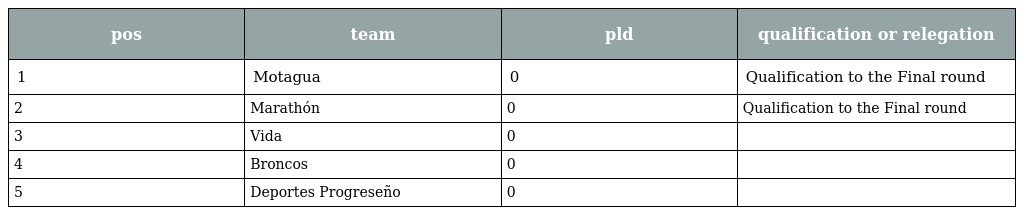
| pos | team | pld | qualification or relegation |
 | --- | --- | --- | --- |
 | 1 | Motagua | 0 | Qualification to the Final round |
 | 2 | Marathón | 0 | Qualification to the Final round |
 | 3 | Vida | 0 |  |
 | 4 | Broncos | 0 |  |
 | 5 | Deportes Progreseño | 0 |  |